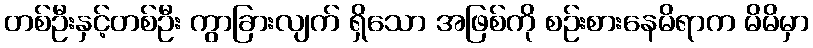
တစ်ဦးနှင့်တစ်ဦး ကွာခြားလျက် ရှိသော အဖြစ်ကို စဉ်းစားနေမိရာက မိမိမှာ